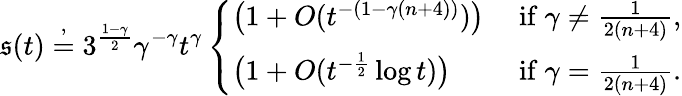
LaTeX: \mathfrak{s}(t)\stackrel{,}{=}3^{\frac{{1-\gamma}}{{2}}}\gamma^{-\gamma}t^{\gamma}\left\{ \begin{array}{ll}{\big(1+O(t^{-(1-\gamma(n+4))})\big)}&{\mathrm{~if~}\gamma\ne\frac{1}{2(n+4)},}\\ {\big(1+O(t^{-\frac 12}\log t)\big)}&{\mathrm{~if~}\gamma=\frac{1}{2(n+4)}.}\end{array}\right.